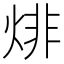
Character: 𤊬